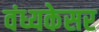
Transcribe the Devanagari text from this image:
वंध्यकेसर